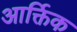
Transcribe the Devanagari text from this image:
आर्क्तिक